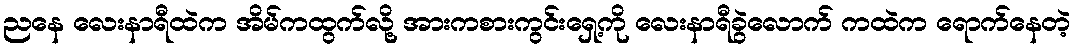
ညနေ လေးနာရီထဲက အိမ်ကထွက်လို့ အားကစားကွင်းရှေ့ကို လေးနာရီခွဲလောက် ကထဲက ရောက်နေတဲ့